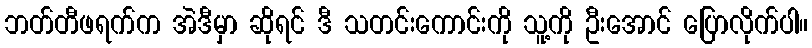
ဘတ်တီဖရက်က အဲဒီမှာ ဆိုရင် ဒီ သတင်းကောင်းကို သူ့ကို ဦးအောင် ပြောလိုက်ပါ။